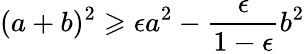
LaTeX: (a+b)^{2}\geqslant\epsilon a^{2}-\frac{\epsilon}{1-\epsilon}b^{2}